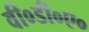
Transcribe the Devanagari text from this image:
वी०डी०ए०